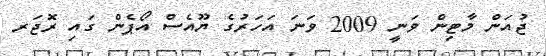
ޖުއަން މާޓިން ވަނީ 2009 ވަނަ އަހަރުގެ ޔޫއެސް އޯޕެން ގައި ރޮޖަރ